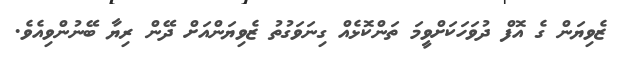
ޒެވިޔަން ގެ އޮފް ދުވަހަކަށްވީމަ ތަންކޮޅެއް ގިނަވަގުތު ޒެވިޔަންއަށް ދޭން ރިޔާ ބޭނުންވިއެވެ.